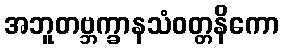
အဘူတဗ္ဘက္ခာနသံဝတ္တနိကော